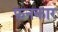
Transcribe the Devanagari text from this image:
फ़नकार